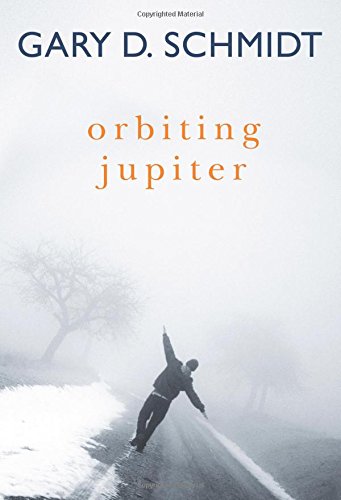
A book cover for Orbiting Jupiter; Gary D. Schmidt; Teen & Young Adult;